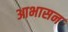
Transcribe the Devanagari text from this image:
आभासन